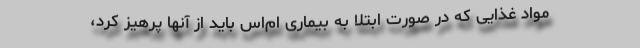
مواد غذایی که در صورت ابتلا به بیماری ام‌اس باید از آنها پرهیز کرد،